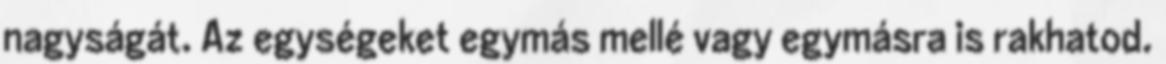
nagyságát. Az egységeket egymás mellé vagy egymásra is rakhatod.